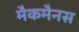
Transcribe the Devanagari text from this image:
मैकमैनस